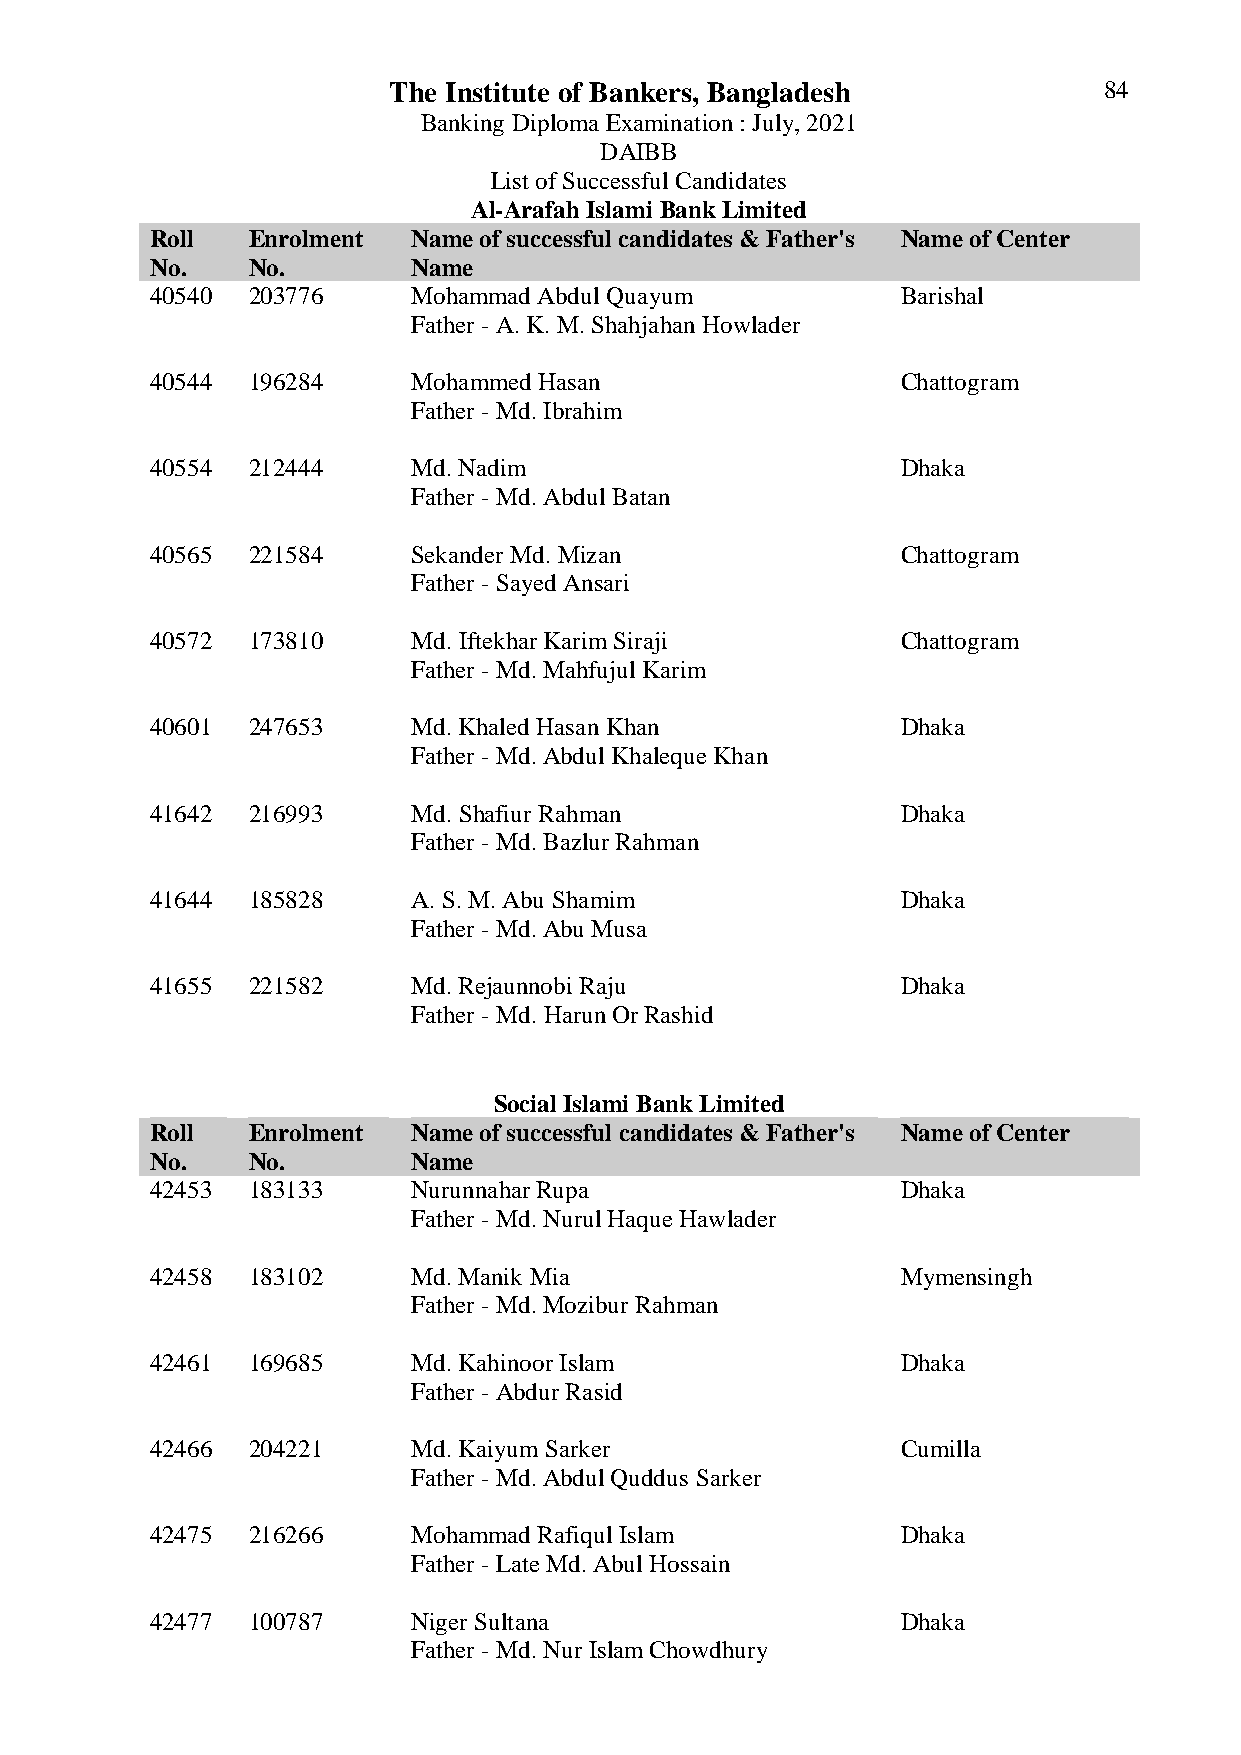
The Institute of Bankers, Bangladesh           84
 Banking Diploma Examination : July, 2021
 DAIBB
 List of Successful Candidates
 Al-Arafah Islami Bank Limited
 Roll  Enrolment  Name of successful candidates & Father's Name of Center
 No.   No.        Name
 40540 203776     Mohammad Abdul Quayum            Barishal
 Father - A. K. M. Shahjahan Howlader
 40544 196284     Mohammed Hasan                   Chattogram
 Father - Md. Ibrahim
 40554 212444     Md. Nadim                        Dhaka
 Father - Md. Abdul Batan
 40565 221584     Sekander Md. Mizan               Chattogram
 Father - Sayed Ansari
 40572 173810     Md. Iftekhar Karim Siraji        Chattogram
 Father - Md. Mahfujul Karim
 40601 247653     Md. Khaled Hasan Khan            Dhaka
 Father - Md. Abdul Khaleque Khan
 41642 216993     Md. Shafiur Rahman               Dhaka
 Father - Md. Bazlur Rahman
 41644 185828     A. S. M. Abu Shamim              Dhaka
 Father - Md. Abu Musa
 41655 221582     Md. Rejaunnobi Raju              Dhaka
 Father - Md. Harun Or Rashid
 Social Islami Bank Limited
 Roll  Enrolment  Name of successful candidates & Father's Name of Center
 No.   No.        Name
 42453 183133     Nurunnahar Rupa                  Dhaka
 Father - Md. Nurul Haque Hawlader
 42458 183102     Md. Manik Mia                    Mymensingh
 Father - Md. Mozibur Rahman
 42461 169685     Md. Kahinoor Islam               Dhaka
 Father - Abdur Rasid
 42466 204221     Md. Kaiyum Sarker                Cumilla
 Father - Md. Abdul Quddus Sarker
 42475 216266     Mohammad Rafiqul Islam           Dhaka
 Father - Late Md. Abul Hossain
 42477 100787     Niger Sultana                    Dhaka
 Father - Md. Nur Islam Chowdhury